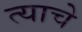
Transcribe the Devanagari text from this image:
त्याचेे